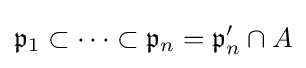
{\mathfrak {p}}_{1}\subset \cdots \subset {\mathfrak {p}}_{n}={\mathfrak {p}}'_{n}\cap A